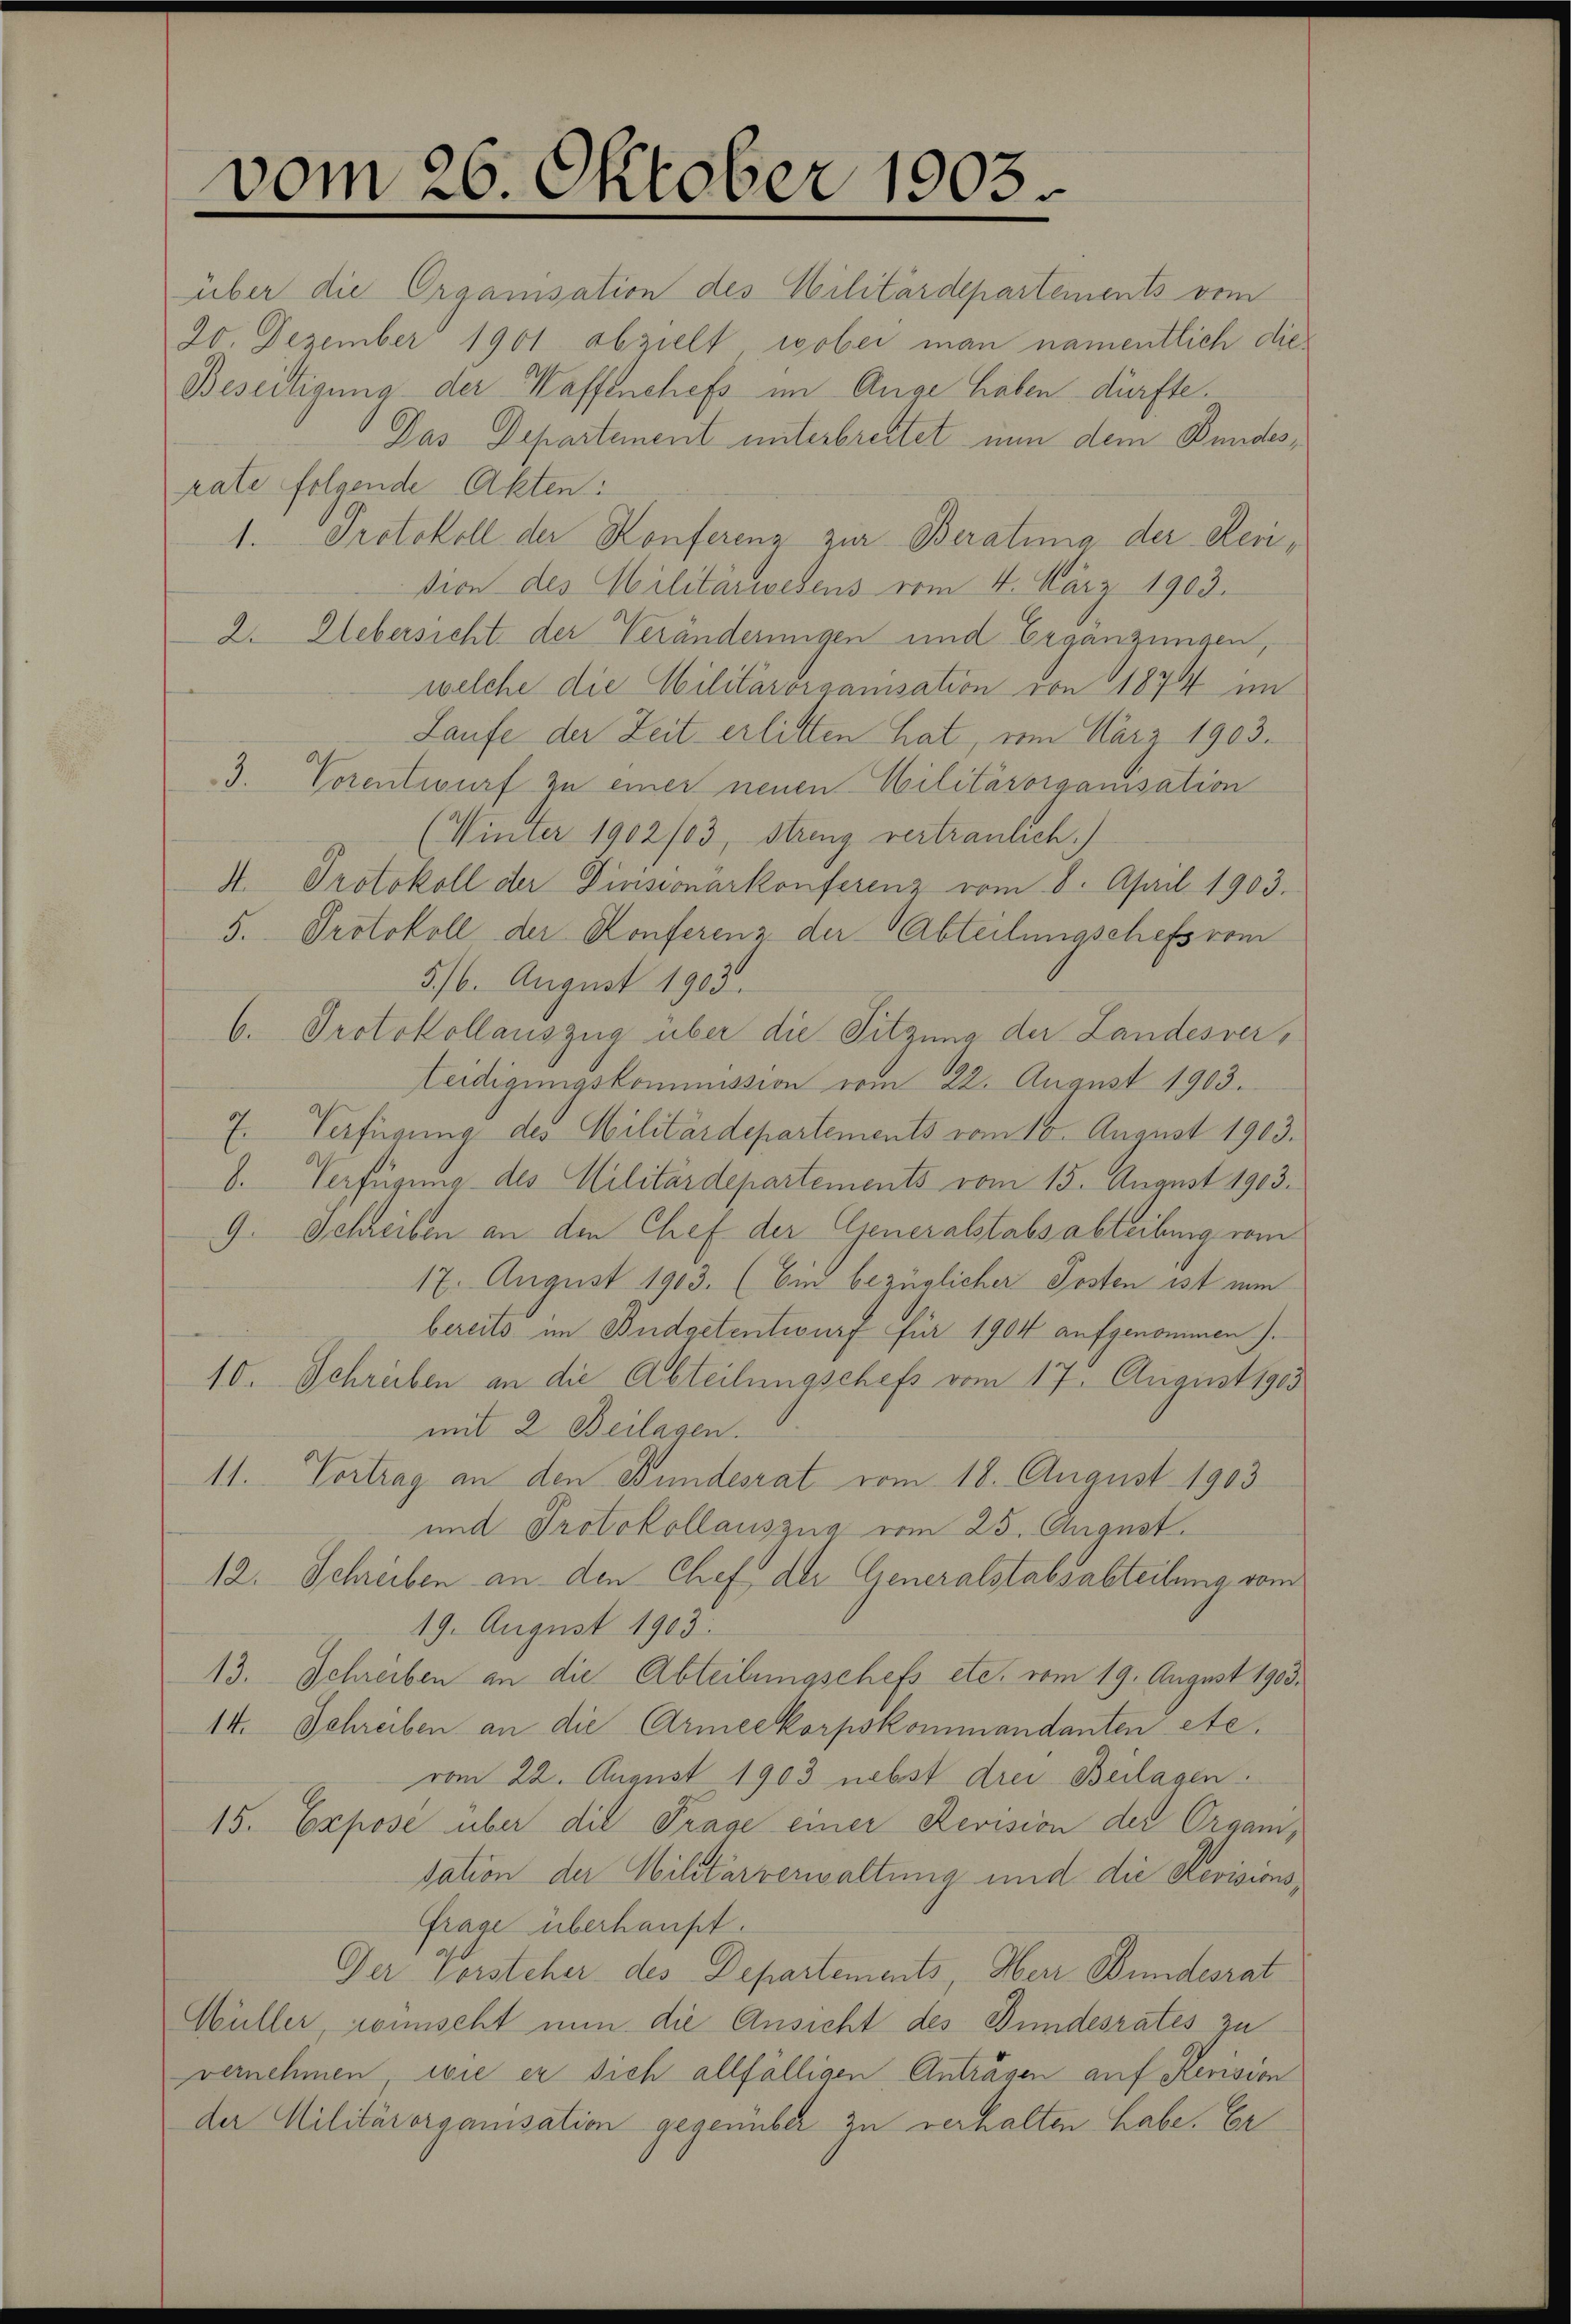
vom 26. Oktober 1903.

über die Organisation des Militärdeparteinents vom
20. Dezember 1901 abzielt, wobei man namentlich die¬
Beseitigung der Waffenchefs im Auge haben dürfte.
Das Departement unterbreitet nun dem Bundesrate folgende Akten:
1. Protokoll der Konferenz zur Beratina der Serißion des Militarwesens vom 4. März 1903.
2. Uebersicht der Veränderungen und Ergänzungen,
welche die Militärorganisation von 1874 im
Laufe der Zeit erlitten hat, vom März 1903.
3. Vorentwurf zu einer neuen Militärorganisation
(Winter 1902/03, Streng vertraulich.)
4. Protokoll der Divisionarkonferenz vom 8. April 1903.
5. Protokoll der Konferenz der Abteilungschefs vom
5./6. August 1903.
6. Protokollauszug über die Sitzung der Landesver¬
Leidigungskommission vom 22. August 1903.
7. Verfügung des Militärdepartements vom 10. August 1903.
8. Verfügung des Militärdepartements vom 15. August 1903.
9. Schreiben an den Chef der Generalstabsabteilung vom
17. August 1903. (Ein bezüglicher Posten ist nun
bereits im Budgetentwurf für 1904 aufgenommen).
10. Schreiben an die Abteilungschefs vom 17. August 1905
mit 2 Beilagen.
11. Vortrag an den Bundesrat vom 18. August 1903
und Protokollauszug vom 25. August.
12. Schreiben an den Chef der Generalstabsabteilung vom
19. August 1903.
13. Schreiben an die Abteilungschefs etc. vom 19. August 1903.
14. Schreiben an die Armeekorpskommandanten etc.
vom 22. August 1903 nebst drei Beilagen.
15. Expose über die Frage einer Revision der Organdation der Militärverwaltung und die Revisions,
Frage überhaupt.
Der Vorsteher des Departements, Herr Bundesrat
Müller, wünscht nun die Ansicht des Bundesrates zu
vernehmen wie er sich allfälligen Anträgen auf Revision
der Militärorganisation gegenüber zu verhalten habe. Er